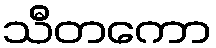
သီတကော